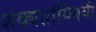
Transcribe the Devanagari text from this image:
शक्यतांविषयी